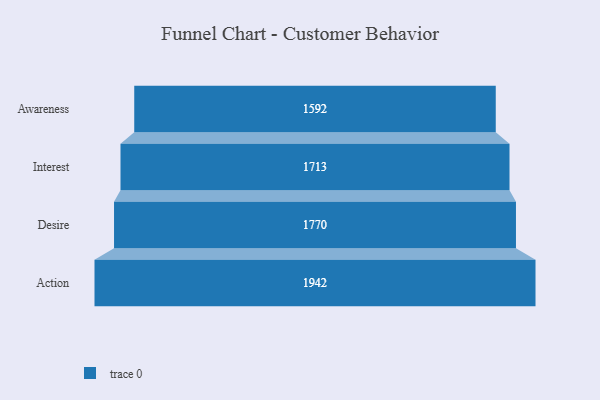
{"axis": {"x": "Stage", "y": "Value"}, "legend": [""], "data": [{"x": "Awareness", "y": 1592.0, "type": ""}, {"x": "Interest", "y": 1713.0, "type": ""}, {"x": "Desire", "y": 1770.0, "type": ""}, {"x": "Action", "y": 1942.0, "type": ""}]}